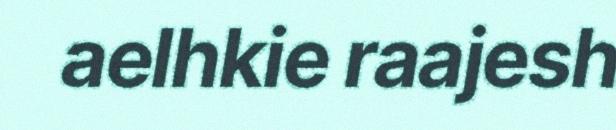
aelhkie raajesh